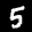
Label: 5